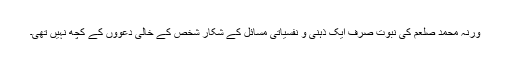
ورنہ محمد صلعم کی نبوت صرف ایک ذہنی و نفسیاتی مسائل کے شکار شخص کے خالی دعووں کے کچھ نہیں تھی۔